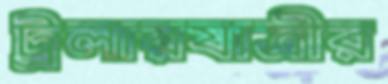
ট্রলারযাত্রীর